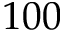
1 0 0